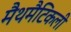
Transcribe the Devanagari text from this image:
मैथमैटिकली